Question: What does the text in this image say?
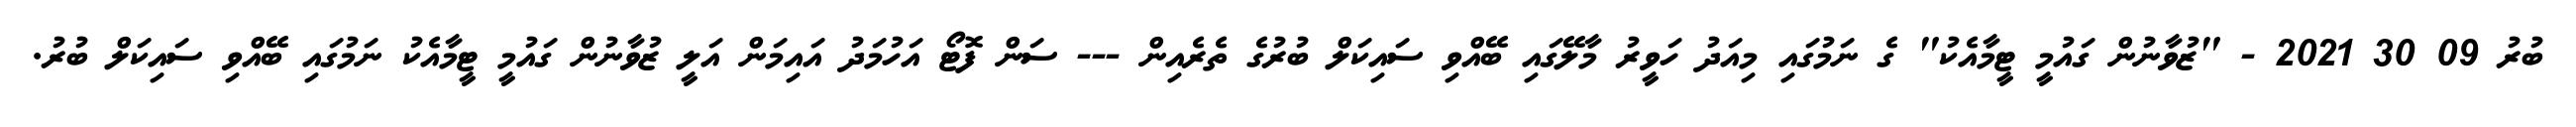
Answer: ބުރު 09 30 2021 - "ޒުވާނުން ގައުމީ ޓީމާއެކު" ގެ ނަމުގައި މިއަދު ހަވީރު މާލޭގައި ބޭއްވި ސައިކަލް ބުރުގެ ތެރެއިން --- ސަން ފޮޓޯ އަހުމަދު އައިމަން އަލީ ޒުވާނުން ގައުމީ ޓީމާއެކު ނަމުގައި ބޭއްވި ސައިކަލް ބުރު.